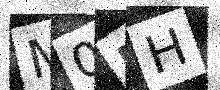
Text: M0NH